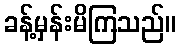
ခန့်မှန်းမိကြသည်။